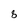
Character: 8